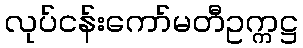
လုပ်ငန်းကော်မတီဥက္ကဋ္ဌ